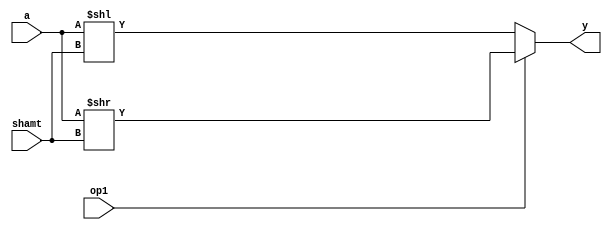
module shifter(
        input wire  [31:0]a,
        input wire  [4:0]shamt,
        input wire  op1,
        output reg  [31:0]y
    );
    
always@(*)
begin
    if(op1) y = (a >> shamt); // shift right
    else y = (a << shamt); // shift left
end
endmodule